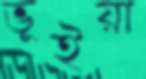
ভূইয়া